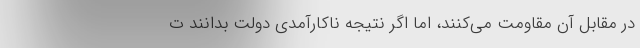
در مقابل آن مقاومت می‌کنند، اما اگر نتیجه ناکارآمدی دولت بدانند ت